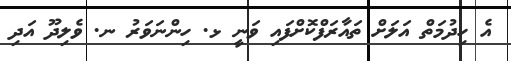
އެ ހިދުމަތް އަލަށް ތައާރަފްކޮށްފައި ވަނީ ޅ. ހިންނަވަރު ނ. ވެލިދޫ އަދި